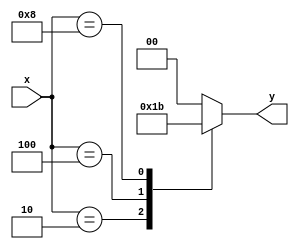
module encoder4x2 (
    input wire [3:0] x,

    output reg [1:0] y
);
    always @(x) begin
        case(x)
            4'b0001: y = 2'b00;
            4'b0010: y = 2'b01;
            4'b0100: y = 2'b10;
            4'b1000: y = 2'b11;
            default: y = 2'b00;
        endcase
    end
endmodule